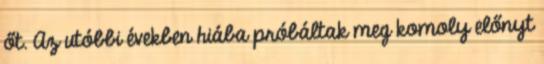
őt. Az utóbbi években hiába próbáltak meg komoly előnyt